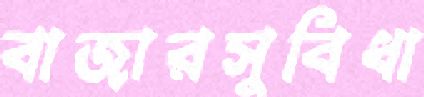
বাজারসুবিধা